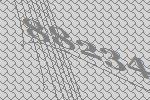
88234